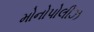
મોનોપોલીઝ